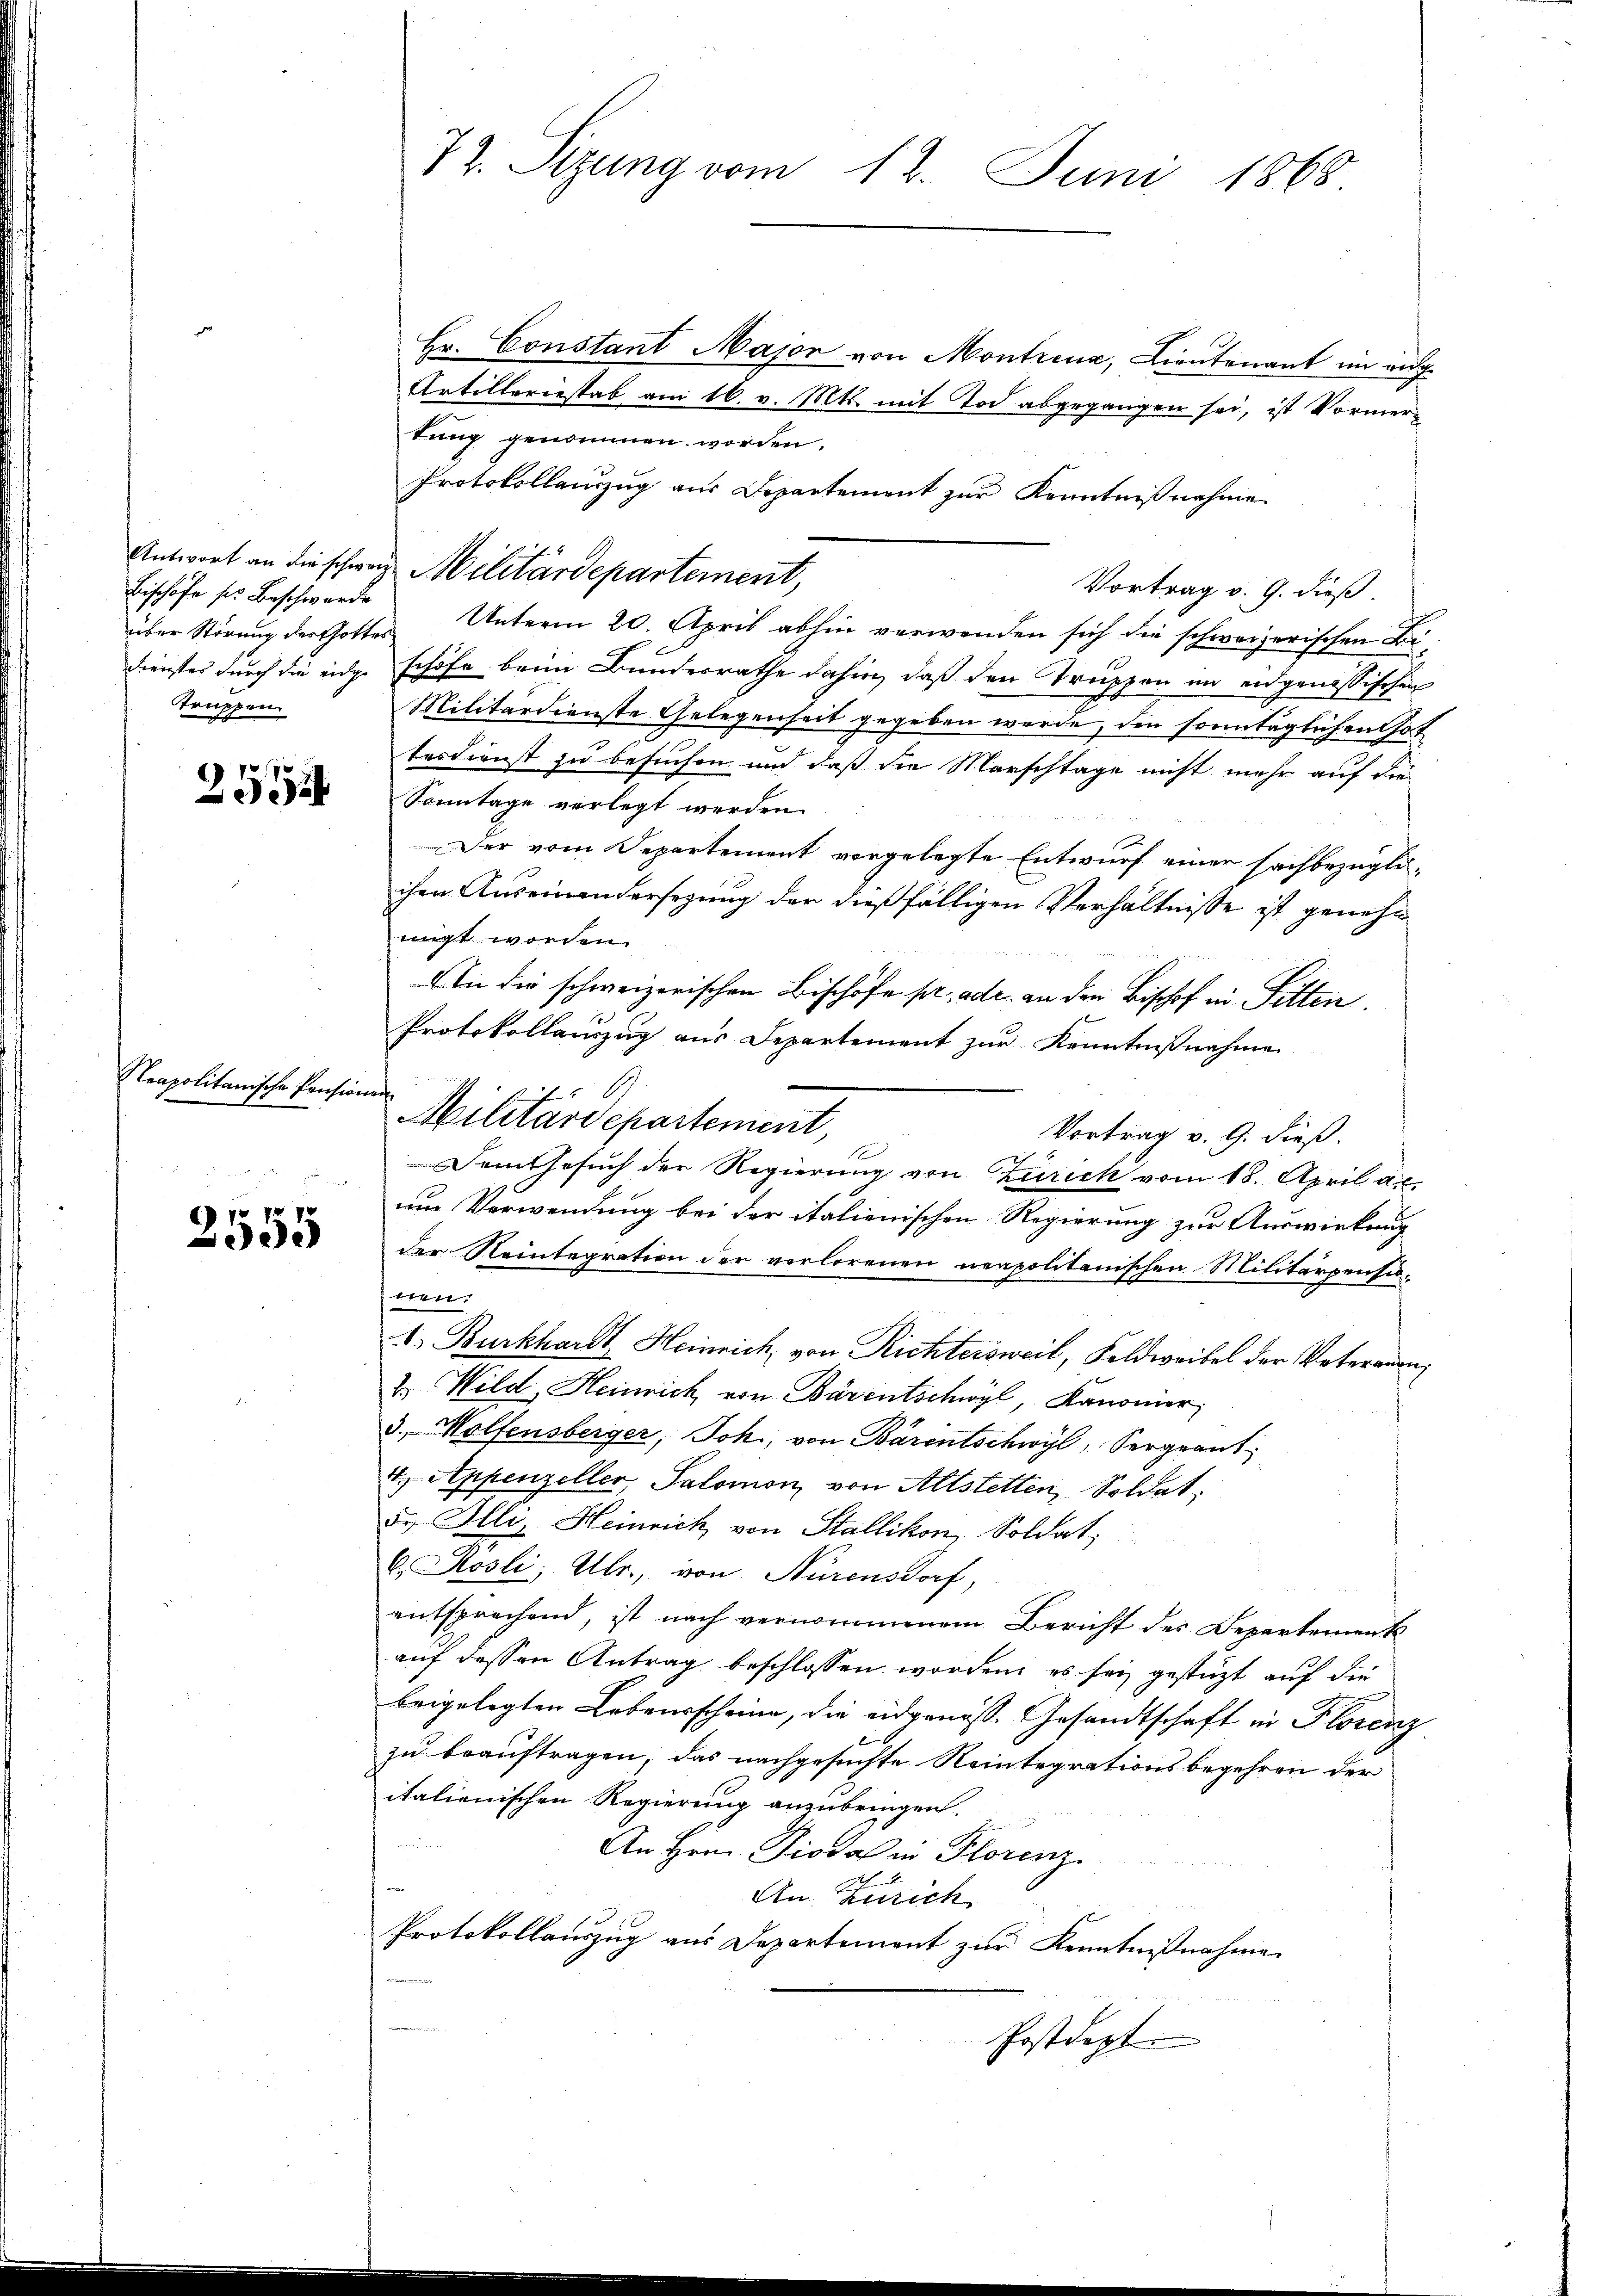
Bischöfe sie Beschwerde
Dienstes durch die eidge
Truppen.

2555

Neapolitanische Pension

2555

Hr. Constant Major von Montrena, Lieutenant im ange
Artilleriestab am 16. v. Mts. mit Tod abgegangen sei, ist Vormertung genommen worden.
Protokollauszug aus Departement zur Kenntnißnahme
Antwort an die schweiz Militärdepartement,
Vortrag v. 9. dieß
über Störung der Gottes Unterm 20. April abhin verwenden sich die schweizerischen Beschöfe beim Bundesrathe dahin, daß den Truppen im eidgenössischen
Militärdienste Gelegenheit gegeben werde, den sonntäglichen hat
tesdienst zu besuchen und daß die Marschtage nicht mehr auf die
Sonntage verlegt werden.
Der vom Separtement vorgelegte Entwurf einer sachbezügliihre Auseinandersezung der dießfälligen Verhältnisse ist genehm
migt worden.
An die schweizerischen Bischöfe pr. ade. an den Bischof in Sitten.
Protokollauszug aus Departement zur Kenntnißnahme
Militärdepartement,
Vortrag v. 9. dieß.
Dem Gesuch der Regierung von Zürich vom 18. April a.c.
um Verwendung bei der italienischen Regierung zur Auswirkung
der Neintegration der verlorenen neapolitanischen Militärpensiott
1. Burkhardt Heinrich, von Richtersweil, Feldweibel der Veternen¬
2.) Wild, Heinrich von Bärentschwyl, Kanonier,
3., Wolfensberger, Joh., von Bärentschwyl, Sergrantt Appenzeller, Salomon von Altstetten, Soldet,
de. Illy, Heinrich von Stallikon, Soldat,
b. Rosli; Ubr., von Nürensdorf,
entsprochend, ist nach vernommenem Bericht des Departement
auf dessen Antrag beschlossen worden, es sei gestützt auf die
beigelegten Lebensscheine, die eidgenoss. Gesandtschaft in Florenz
zu beauftragen, das nachgesuchte Reintegrationsbegehren der
italienischen Regierung anzubringen.
An Hrn. Diodal in Florenz
An Zürich
Protokollauszug aus Departement zur Kenntnißnahme
Postdept.

72. Sizung vom 12. Juni 1868

2140
f